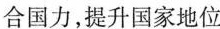
合国力，提升国家地位